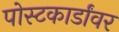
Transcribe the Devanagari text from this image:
पोस्टकार्डांवर